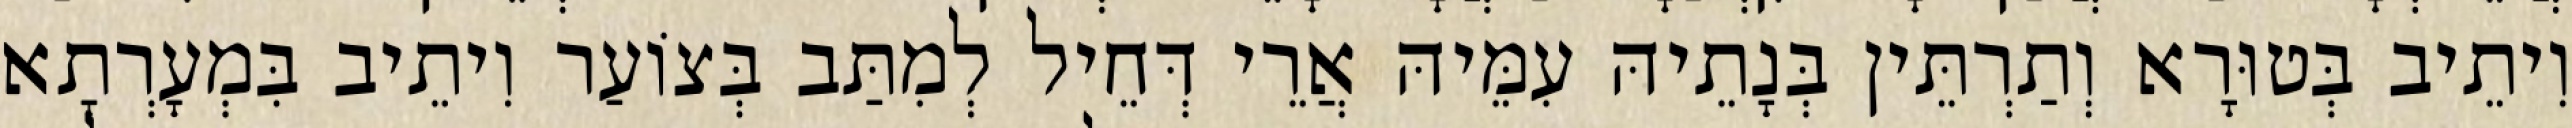
וִיתֵיב בְּטוּרָא וְתַרְתֵּין בְּנָתֵיהּ עִמֵּיהּ אֲרֵי דְּחֵיל לְמִתַּב בְּצוֹעַר וִיתֵיב בִּמְעָרְתָא